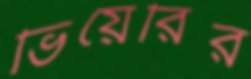
ভিয়েরির